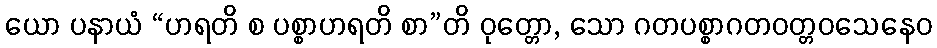
ယော ပနာယံ “ဟရတိ စ ပစ္စာဟရတိ စာ”တိ ဝုတ္တော, သော ဂတပစ္စာဂတဝတ္တဝသေနေဝ